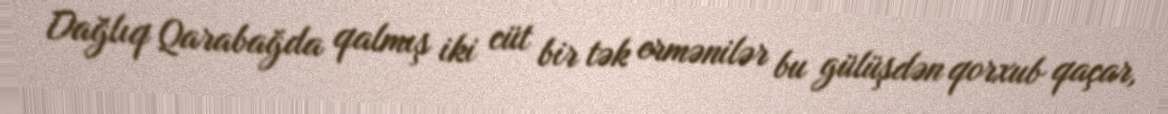
Dağlıq Qarabağda qalmış iki cüt bir tək ermənilər bu gülüşdən qorxub qaçar,